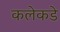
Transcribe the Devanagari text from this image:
कलेकडे